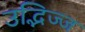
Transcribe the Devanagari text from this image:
उद्भिज्ज